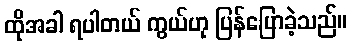
ထိုအခါ ရပါတယ် ကွယ်ဟု ပြန်ပြောခဲ့သည်။